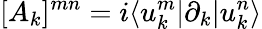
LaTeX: [A_{k}]^{mn}=i\langle u_{k}^{m}|\partial_{k}|u_{k}^{n}\rangle